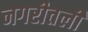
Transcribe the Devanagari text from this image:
नगरीतली